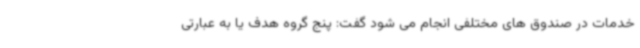
خدمات در صندوق های مختلفی انجام می شود گفت: پنج گروه هدف یا به عبارتی